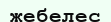
жебелес